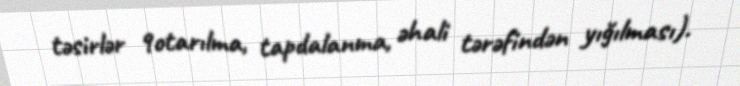
təsirlər 9otarılma, tapdalanma, əhali tərəfindən yığılması).